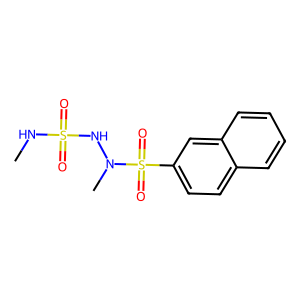
SMILES: CNS(=O)(=O)NN(C)S(=O)(=O)c1ccc2ccccc2c1
Inhibits HIV replication: No